Annual report of the Punjab Veterinary College and of the Civil Veterinary Department, Punjab - 1894-1908
Year: 1894
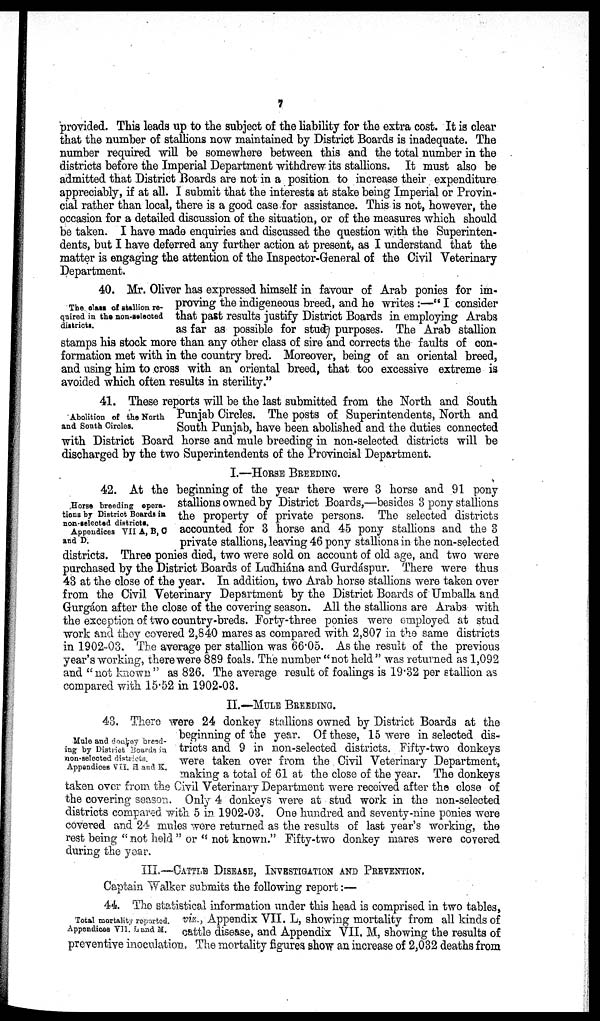
7
provided. This leads up to the subject of the liability for the extra cost. It is clear
that the number of stallions now maintained by District Boards is inadequate. The
number required will be somewhere between this and the total number in the
districts before the Imperial Department withdrew its stallions. It must also be
admitted that District Boards are not in a position to increase their expenditure
appreciably, if at all. I submit that the interests at stake being Imperial or Provin-
cial rather than local, there is a good case for assistance. This is not, however, the
occasion for a detailed discussion of the situation, or of the measures which should
be taken. I have made enquiries and discussed the question with the Superinten-
dents, but I have deferred any further action at present, as I understand that the
matter is engaging the attention of the Inspector-General of the Civil Veterinary
Department.
The class of stallion re-
quired in the non-selected
districts.
40. Mr. Oliver has expressed himself in favour of Arab ponies for im-
proving the indigeneous breed, and he writes :—" I consider
that past results justify District Boards in employing Arabs
as far as possible for stud purposes. The Arab stallion
stamps his stock more than any other class of sire and corrects the faults of con-
formation met with in the country bred. Moreover, being of an oriental breed,
and using him to cross with an oriental breed, that too excessive extreme is
avoided which often results in sterility."
Abolition of the North
and South Circles.
41. These reports will be the last submitted from the North and South
Punjab Circles. The posts of Superintendents, North and
South Punjab, have been abolished and the duties connected
with District Board horse and mule breeding in non-selected districts will be
discharged by the two Superintendents of the Provincial Department.
I.—HORSE BREEDING.
Horse breeding opera-
tions by District Boards in
non-selected districts.
Appendices VII A, B, C
and D.
42. At the beginning of the year there were 3 horse and 91 pony
stallions owned by District Boards,—besides 3 pony stallions
the property of private persons. The selected districts
accounted for 3 horse and 45 pony stallions and the 3
private stallions, leaving 46 pony stallions in the non-selected
districts. Three ponies died, two were sold on account of old age, and two were
purchased by the District Boards of Ludhiána and Gurdáspur. There were thus
43 at the close of the year. In addition, two Arab horse stallions were taken over
from the Civil Veterinary Department by the District Boards of Umballa, and
Gurgáon after the close of the covering season. All the stallions are Arabs with
the exception of two country-breds. Forty-three ponies were employed at stud
work and they covered 2,840 mares as compared with 2,807 in the same districts
in 1902-03, The average per stallion was 66.05. As the result of the previous
year's working, there were 889 foals. The number "not held" was returned as 1,092
and " not known " as 826. The average result of foalings is 19.32 per stallion as
compared with 15.52 in 1902-03.
II.—MULE BREEDING.
Mule and donkey breed-
ing by District Boards in
non-selected districts.
Appendices VII. H and K.
43. There were 24 donkey stallions owned by District Boards at the
beginning of the year. Of these, 15 were in selected dis-
tricts and 9 in non-selected districts. Fifty-two donkeys
were taken over from the Civil Veterinary Department,
making a total of 61 at the close of the year. The donkeys
taken over from the Civil Veterinary Department were received after the close of
the covering season. Only 4 donkeys were at stud work in the non-selected
districts compared with 5 in 1902-03. One hundred and seventy-nine ponies were
covered and 24 mules were returned as the results of last year's working, the
rest being " not held " or " not known." Fifty-two donkey mares were covered
during the year.
III.—CATTLE DISEASE, INVESTIGATION AND PREVENTION.
Captain Walker submits the following report:—
Total mortality reported.
Appendices VII. Land M.
44 The statistical information under this head is comprised in two tables,
viz., Appendix VII. L, showing mortality from all kinds of
cattle disease, and Appendix VII. M, showing the results of
preventive inoculation. The mortality figures show an increase of 2,032 deaths from